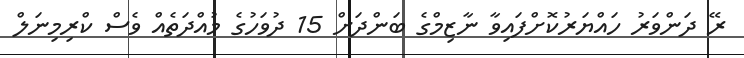
ރޭ ދަންވަރު ހައްޔަރުކޮށްފައިވާ ނާޒިމްގެ ބަންދަށް 15 ދުވަހުގެ މުއްދަތެއް ވެސް ކްރިމިނަލް